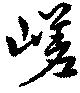
嵯